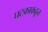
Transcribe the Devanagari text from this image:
घटकाकढून